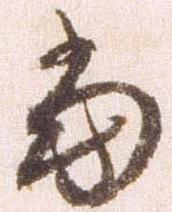
当